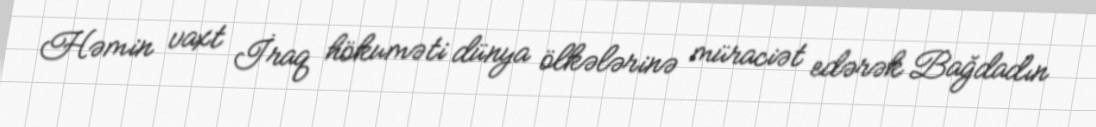
Həmin vaxt İraq hökuməti dünya ölkələrinə müraciət edərək Bağdadın